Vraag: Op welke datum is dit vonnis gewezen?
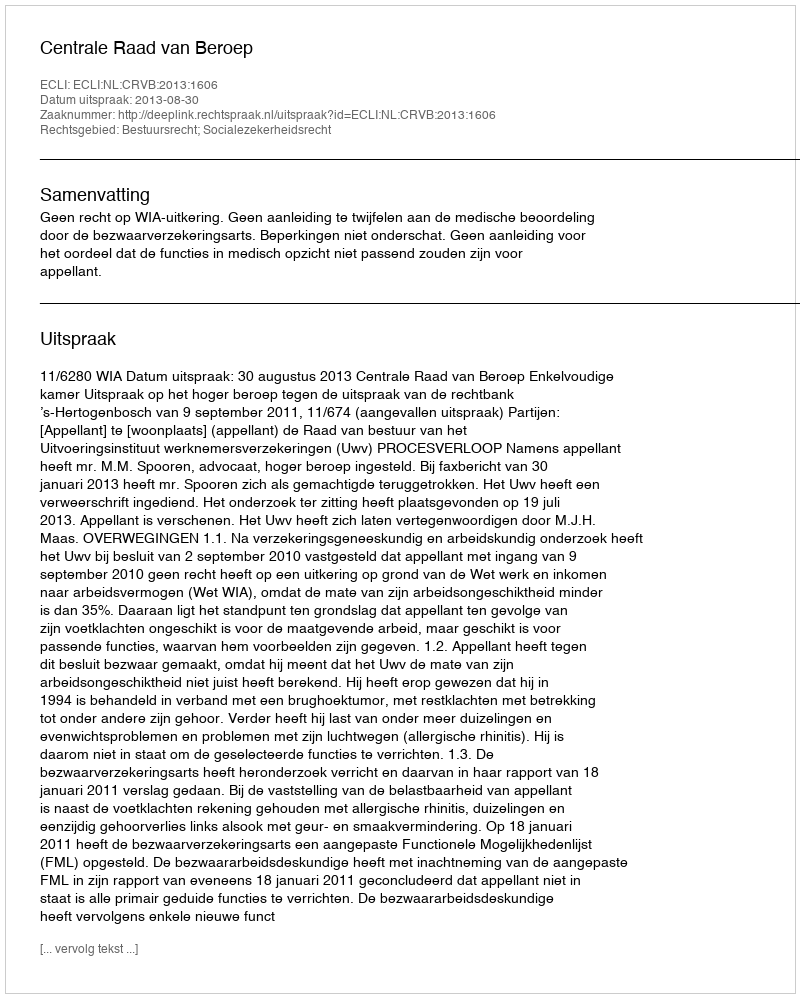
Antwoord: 2013-08-30